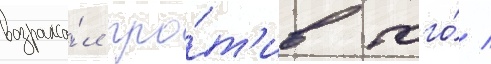
возража́л про́т'ив того́ /